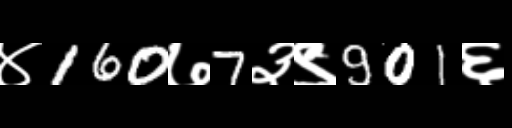
Text: ४160७7३९901६